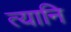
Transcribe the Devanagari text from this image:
त्यानि